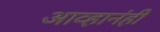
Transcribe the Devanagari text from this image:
आव्हानंही